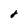
Character: 8